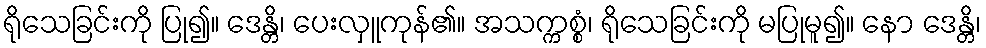
ရိုသေခြင်းကို ပြု၍။ ဒေန္တိ၊ ပေးလှူကုန်၏။ အသက္ကစ္စံ၊ ရိုသေခြင်းကို မပြုမူ၍။ နော ဒေန္တိ၊